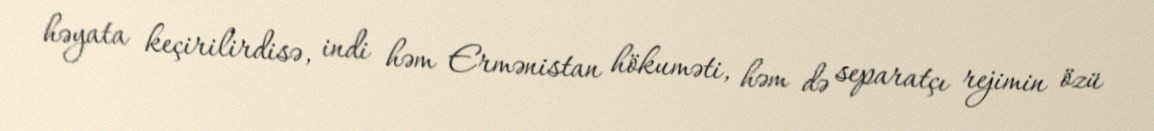
həyata keçirilirdisə, indi həm Ermənistan hökuməti, həm də separatçı rejimin özü